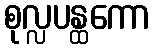
စုလ္လပန္ထကော